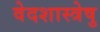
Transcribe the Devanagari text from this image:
वेदशास्त्रेषु